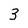
Character: 3